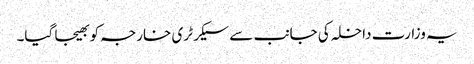
یہ وزارت داخلہ کی جانب سے سیکرٹری خارجہ کو بھیجا گیا۔